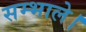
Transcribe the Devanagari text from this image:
सम्भाले।